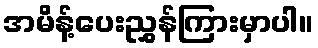
အမိန့်ပေးညွှန်ကြားမှာပါ။